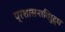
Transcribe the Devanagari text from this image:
प्रशासनाविरुद्ध